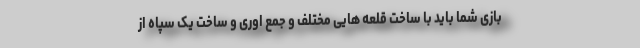
بازی شما باید با ساخت قلعه هایی مختلف و جمع اوری و ساخت یک سپاه از